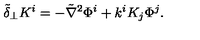
\tilde { \delta } _ { \perp } K ^ { i } = - \tilde { \nabla } ^ { 2 } \Phi ^ { i } + k ^ { i } K _ { j } \Phi ^ { j } .